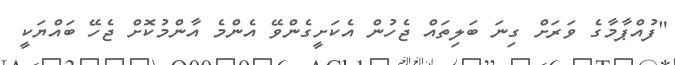
"ފުއްޕާމާގެ ވަރަށް ގިނަ ބަލިތައް ޖެހުން އެކަށީގެންވޭ އެންމެ އާންމުކޮށް ޖެހޭ ބައްޔަކީ